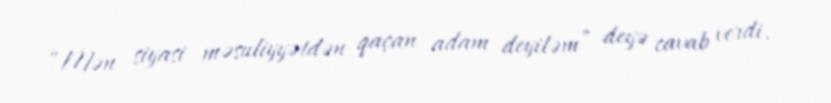
“Mən siyasi məsuliyyətdən qaçan adam deyiləm” deyə cavab verdi.